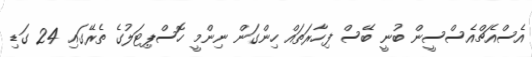
އެސްއެޗްއެސްސީން ބުނީ ބޭސް ފިހާރަތައް ހިންގަން ނިންމީ ހޮސްޕިޓަލުގެ ތެރޭގައި 24 ގަޑި